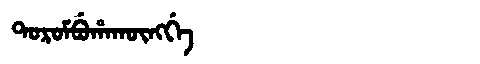
Manchu: ᡨᠣᡵᠣᠮᠪᡠᡥᠠᡴᡡᠩᡤᡝ
Romanization: TOROMBUHAKŪNGGE